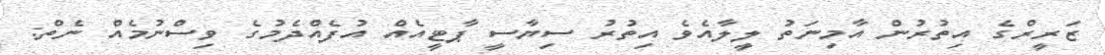
ޒަރީރްގެ އިތުރުން އާމިނަތު ލީލާއެވެ އިތުރު ސިޔާސީ ޕާޓީއެއް އުފެއްދެމުގެ ވިސްނުމެއް ނެތް: